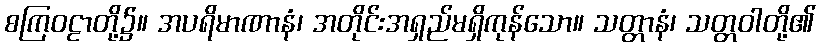
စကြဝဠာတို့၌။ အပရိမာဏာနံ၊ အတိုင်းအရှည်မရှိကုန်သော။ သတ္တာနံ၊ သတ္တဝါတို့၏